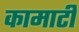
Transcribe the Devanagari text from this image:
कामाटी